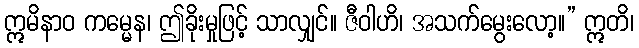
ဣမိနာဝ ကမ္မေန၊ ဤခိုးမှုဖြင့် သာလျှင်။ ဇီဝါဟိ၊ အသက်မွေးလော့။” ဣတိ၊